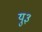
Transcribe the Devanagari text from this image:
यु३